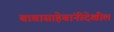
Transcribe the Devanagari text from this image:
बाबासाहेबांनीदेखील